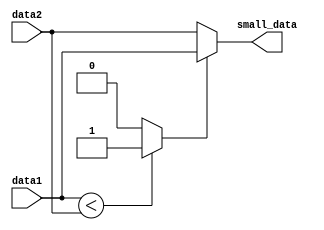
module cmp #(parameter ADDW=14)(
    input       [ADDW-1 : 0]    data1       ,
    input       [ADDW-1 : 0]    data2       ,   
    //input       [2:0]           id1         , 
    //input       [2:0]           id2         , 
    //output      [2:0]           small_id    ,
    output      [ADDW-1 : 0]    small_data  
);

wire d1_is_smaller;
assign d1_is_smaller = (data1 < data2)  ?  1'b1  : 1'b0 ;
assign small_data    = (d1_is_smaller)  ?  data1 : data2;
//assign small_id      = (d1_is_smaller)  ?  id1   : id2  ;
 


endmodule